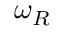
\omega _ { R }